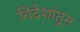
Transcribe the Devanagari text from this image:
विदेशांतून